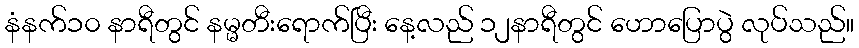
နံနက်၁၀ နာရီတွင် နမ္မတီးရောက်ပြီး နေ့လည် ၁၂နာရီတွင် ဟောပြောပွဲ လုပ်သည်။